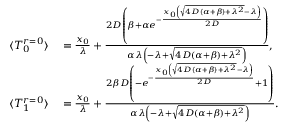
\begin{array} { r l } { \langle T _ { 0 } ^ { r = 0 } \rangle } & { { } = \frac { x _ { 0 } } { \lambda } + \frac { 2 D \left( \beta + \alpha e ^ { - \frac { x _ { 0 } \left( \sqrt { 4 D ( \alpha + \beta ) + \lambda ^ { 2 } } - \lambda \right) } { 2 D } } \right) } { \alpha \lambda \left( - \lambda + \sqrt { 4 D ( \alpha + \beta ) + \lambda ^ { 2 } } \right) } , } \\ { \langle T _ { 1 } ^ { r = 0 } \rangle } & { { } = \frac { x _ { 0 } } { \lambda } + \frac { 2 \beta D \left( - e ^ { - \frac { x _ { 0 } \left( \sqrt { 4 D ( \alpha + \beta ) + \lambda ^ { 2 } } - \lambda \right) } { 2 D } } + 1 \right) } { \alpha \lambda \left( - \lambda + \sqrt { 4 D ( \alpha + \beta ) + \lambda ^ { 2 } } \right) } . } \end{array}